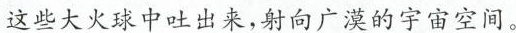
这些大火球中吐出来，射向广漠的宇宙空间。